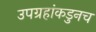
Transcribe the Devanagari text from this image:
उपग्रहांकडुनच